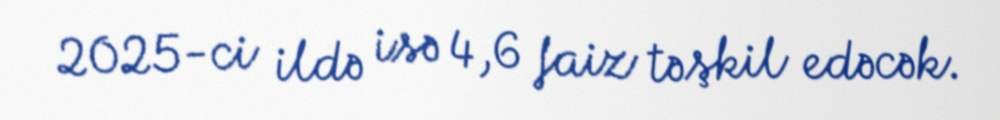
2025-ci ildə isə 4,6 faiz təşkil edəcək.